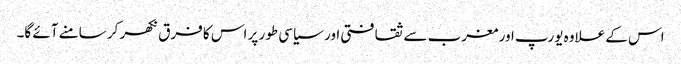
اس کے علاوہ یورپ اور مغرب سے ثقافتی اور سیاسی طور پر اس کا فرق نکھر کر سامنے آئے گا۔